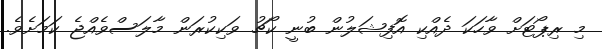
މި ރިޕޯޓަށް ވާހަކަ ދެއްކި އޮފިޝަލުން ބުނީ ކޯޗު ވަކިކުރަން މާލަސްވެއްޖެ ކަމަށެވެ.